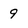
Character: 9